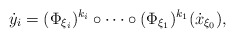
\begin{align*}\dot y_{i} = (\Phi_{\xi_i})^{k_i} \circ \dots \circ (\Phi_{\xi_1})^{k_1} (\dot x_{\xi_0}),\end{align*}